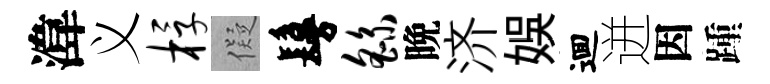
湋义桴儗鬘繇晩济娱逥迸因踵